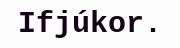
Ifjúkor.